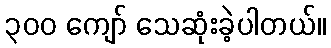
၃၀၀ ကျော် သေဆုံးခဲ့ပါတယ်။